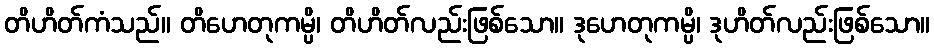
တိဟိတ်ကံသည်။ တိဟေတုကမ္ပိ၊ တိဟိတ်လည်းဖြစ်သော။ ဒုဟေတုကမ္ပိ၊ ဒုဟိတ်လည်းဖြစ်သော။